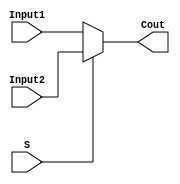
// Multiplexer 2 to 1

module Mul1 ( Input1,	
			  Input2,
			  S,
			  Cout);

	input [4:0] Input1;
	input [4:0] Input2;
	input S;
	
	output [4:0] Cout;
	
	assign Cout = (S == 0) ? Input1 : Input2;
	
endmodule